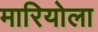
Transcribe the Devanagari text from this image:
मारियोला